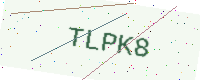
Text: TLPK8